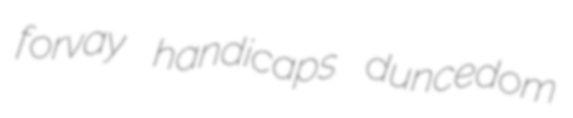
forvay handicaps duncedom